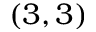
( 3 , 3 )